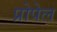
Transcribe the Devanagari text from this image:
प्रोपेल